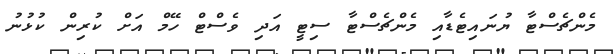
މެންޗެސްޓާ ޔުނައިޓެޑާއި މެންޗެސްޓާ ސިޓީ އަދި ވެސްޓް ހޭމް އަށް ކުރިން ކުޅުނު